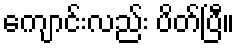
ကျောင်းလည်း ပိတ်ပြီ။